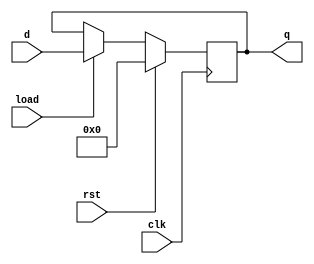
module register(rst, load, clk, d, q);
	parameter n = 32;
	input rst, load, clk;
	input [n-1:0] d;
	output reg [n-1:0] q;

	always @(posedge clk)
		if (rst)
			q <= {n{1'b0}};
		else if (load)
			q <= d;
		else 
			q <= q;
endmodule

module mux2to1(a, b, s, w);
	parameter n = 32;
	input [n-1:0] a, b;
	input s;
	output [n-1:0] w;

	assign w = s ? b : a;
endmodule

module mux3to1(a, b, c, s, w);
	parameter n = 32;
	input [n-1:0] a, b, c;
	input [1:0] s;
	output [n-1:0] w;

	assign w = (s == 0) ? a : (s == 1) ? b : c;
endmodule

module adder(a, b, w);
	parameter n = 32;
	input [n-1:0] a, b;
	output [n-1:0] w;

	assign w = a + b;
endmodule

module SignExtend(in, out);
	parameter from = 16;
	parameter to = 32;
	input [from-1:0]in;
	output [to-1:0]out;

	assign out = {{(to-from){in[from-1]}},in};
endmodule

module shiftLeft2(in, out);
	parameter n = 32;
	input [n-1:0]in;
	output [n-1:0]out;

	assign out = {in[n-3:0], 2'b00};
endmodule

module comprator (a, b, w);
	parameter n = 32;
	input [n-1:0] a, b;
	output w;

	assign w = (a==b) ? 1'b1 : 1'b0;
endmodule